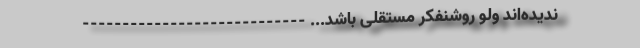
ندیده‌اند ولو روشنفکر مستقلی باشد... ----------------------------